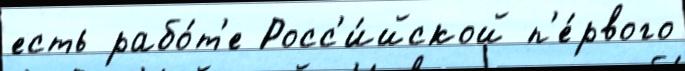
есть рабо́т'е Росс'и́йской п'е́рвого